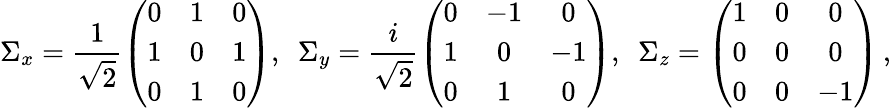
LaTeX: \Sigma_{x}=\frac{1}{\sqrt{2}}\left(\begin{array}{ccc}{0}&{1}&{0}\\ {1}&{0}&{1}\\ {0}&{1}&{0}\end{array}\right),\ \ \Sigma_{y}=\frac{i}{\sqrt{2}}\left(\begin{array}{ccc}{0}&{-1}&{0}\\ {1}&{0}&{-1}\\ {0}&{1}&{0}\end{array}\right),\ \ \Sigma_{z}=\left(\begin{array}{ccc}{1}&{0}&{0}\\ {0}&{0}&{0}\\ {0}&{0}&{-1}\end{array}\right)\, ,